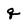
Character: q